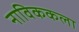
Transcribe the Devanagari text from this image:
नाविककला